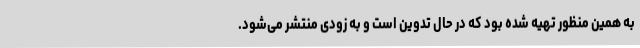
به همین منظور تهیه شده بود که در حال تدوین است و به زودی منتشر می‌شود.